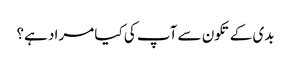
بدی کے تکون سے آپ کی کیا مراد ہے؟